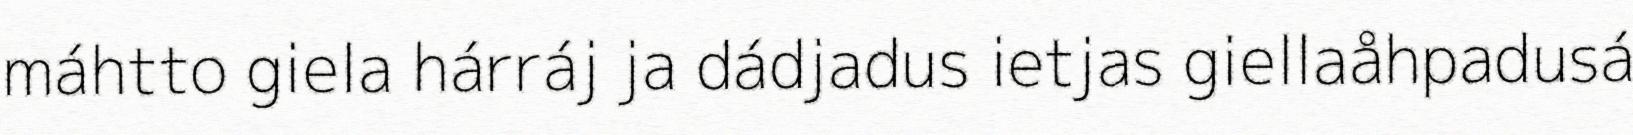
máhtto giela hárráj ja dádjadus ietjas giellaåhpadusá